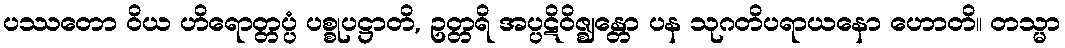
ပဿတော ဝိယ ဟိရောတ္တပ္ပံ ပစ္စုပဋ္ဌာတိ, ဥတ္တရိ အပ္ပဋိဝိဇ္ဈန္တော ပန သုဂတိပရာယနော ဟောတိ။ တသ္မာ